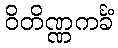
ဝိတိဏ္ဏကင်္ခံ